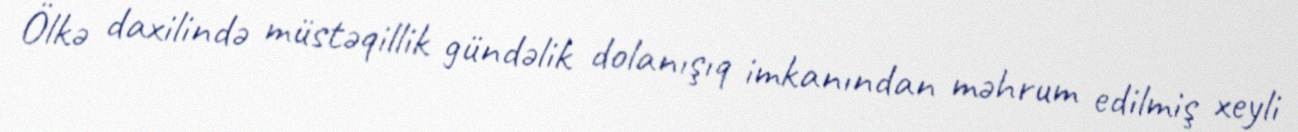
Ölkə daxilində müstəqillik gündəlik dolanışıq imkanından məhrum edilmiş xeyli